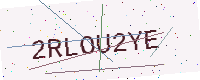
Text: 2RLOU2YE